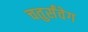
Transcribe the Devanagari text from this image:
चतुर्संवेग